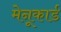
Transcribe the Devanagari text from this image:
मेनूकार्ड